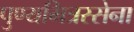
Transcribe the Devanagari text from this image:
पुण्यमित्रस्सेना